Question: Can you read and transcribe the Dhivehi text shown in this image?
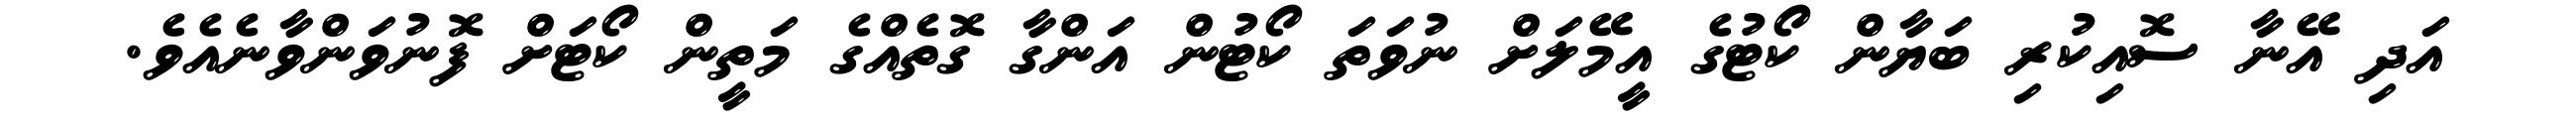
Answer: އަދި އޭނާ ސޮއިކުރި ބަޔާން ކޯޓުގެ އީމޭލަށް ނުވަތަ ކޯޓުން އަންގާ ގޮތެއްގެ މަތީން ކޯޓަށް ފޮނުވަންވާނެއެވެ.